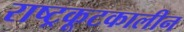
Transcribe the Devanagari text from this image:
राष्ट्रकूटकालीन